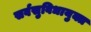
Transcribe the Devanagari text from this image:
सर्वसुविधायुक्त